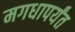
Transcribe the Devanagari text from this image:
मगधापर्यंत